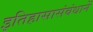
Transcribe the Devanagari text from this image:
इतिहासासंबंधानें